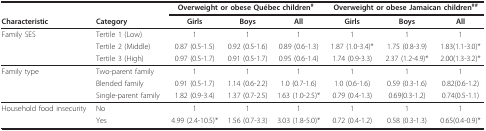
<table><thead><tr><td></td><td></td><td colspan="3"><b>Overweight or obese Québec children<sup>#</sup></b></td><td colspan="3"><b>Overweight or obese Jamaican children<sup>##</sup></b></td></tr><tr><td><b>Characteristic</b></td><td><b>Category</b></td><td><b>Girls</b></td><td><b>Boys</b></td><td><b>All</b></td><td><b>Girls</b></td><td><b>Boys</b></td><td><b>All</b></td></tr></thead><tbody><tr><td>Family SES</td><td>Tertile 1 (Low)</td><td>1</td><td>1</td><td>1</td><td>1</td><td>1</td><td>1</td></tr><tr><td></td><td>Tertile 2 (Middle)</td><td>0.87 (0.5-1.5)</td><td>0.92 (0.5-1.6)</td><td>0.89 (0.6-1.3)</td><td>1.87 (1.0-3.4)*</td><td>1.75 (0.8-3.9)</td><td>1.83(1.1-3.0)*</td></tr><tr><td></td><td>Tertile 3 (High)</td><td>0.97 (0.5-1.7)</td><td>0.91 (0.5-1.7)</td><td>0.95 (0.6-1.4)</td><td>1.74 (0.9-3.3)</td><td>2.37 (1.2-4.9)*</td><td>2.00(1.3-3.2)*</td></tr><tr><td>Family type</td><td>Two-parent family</td><td>1</td><td>1</td><td>1</td><td>1</td><td>1</td><td>1</td></tr><tr><td></td><td>Blended family</td><td>0.91 (0.5-1.7)</td><td>1.14 (0.6-2.2)</td><td>1.0 (0.7-1.6)</td><td>1.0 (0.6-1.6)</td><td>0.59 (0.3-1.6)</td><td>0.82(0.6-1.2)</td></tr><tr><td></td><td>Single-parent family</td><td>1.82 (0.9-3.4)</td><td>1.37 (0.7-2.5)</td><td>1.63 (1.0-2.5)*</td><td>0.79 (0.4-1.3)</td><td>0.69(0.3-1.2)</td><td>0.74(0.5-1.1)</td></tr><tr><td>Household food insecurity</td><td>No</td><td>1</td><td>1</td><td>1</td><td>1</td><td>1</td><td>1</td></tr><tr><td></td><td>Yes</td><td>4.99 (2.4-10.5)*</td><td>1.56 (0.7-3.3)</td><td>3.03 (1.8-5.0)*</td><td>0.72 (0.4-1.2)</td><td>0.58 (0.3-1.3)</td><td>0.65(0.4-0.9)*</td></tr></tbody></table>